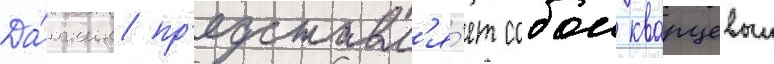
Да́тчик пр'едставл'я́ет собои кварцевыи